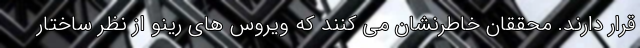
قرار دارند. محققان خاطرنشان می کنند که ویروس های رینو از نظر ساختار